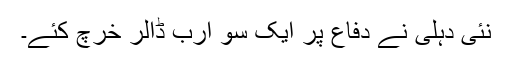
نئی دہلی نے دفاع پر ایک سو ارب ڈالر خرچ کئے۔